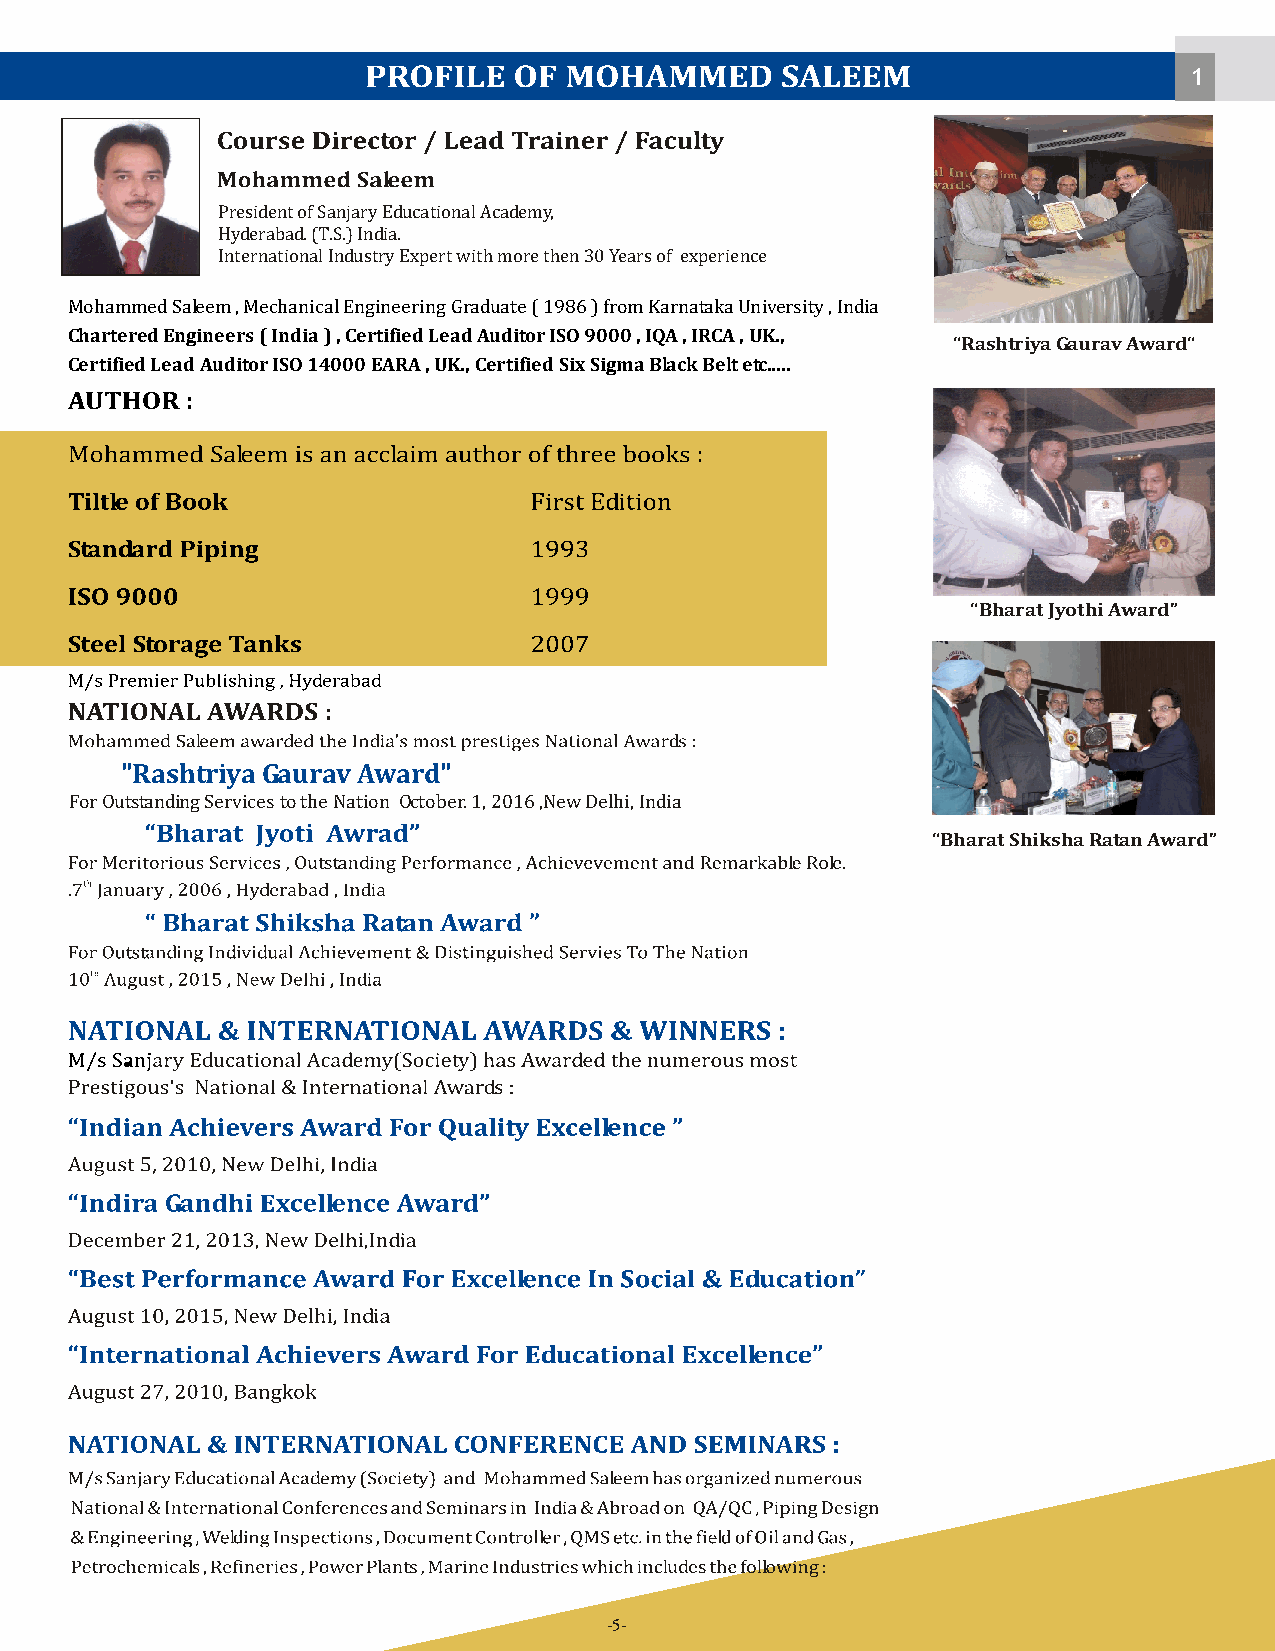
1
 President of Sanjary Educational Academy,
 Hyderabad. (T.S.) India.
 International Industry Expert with more then 30 Years of experience
 Mohammed Saleem , Mechanical Engineering Graduate ( 1986 ) from Karnataka University , India
 Chartered Engineers ( India ) , Certified Lead Auditor ISO 9000 , IQA , IRCA , UK.,
 “Rashtriya Gaurav Award“
 Certified Lead Auditor ISO 14000 EARA , UK., Certified Six Sigma Black Belt etc.....
 “Bharat Jyothi Award”
 "Rashtriya Gaurav Award"
 For Outstanding Services to the Nation October. 1, 2016 ,New Delhi, India
 “Bharat Shiksha Ratan Award”
 -5-